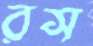
রস